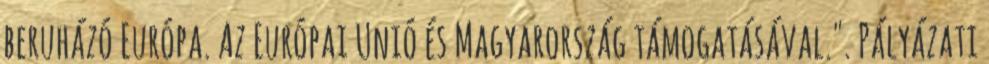
beruházó Európa. Az Európai Unió és Magyarország támogatásával.". Pályázati